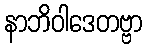
နာဘိဝါဒေတဗ္ဗာ